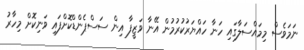
ނަމަވެސް މިމައްސަލާގައި ހަނާ ހައްޔަރުކުރުމުން އޭނާ ވަޒީފާ އިން ސަސްޕެންޑްކޮށްފައި ވަނިކޮށް މިހާރު